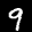
Label: 9